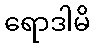
ရောဒါမိ